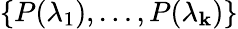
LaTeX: \{ P(\lambda_{1}),\ldots,P(\lambda_{\mathbf{k}})\}